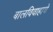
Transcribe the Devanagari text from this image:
बालविवाहाचे